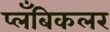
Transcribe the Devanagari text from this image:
प्लँबिकलर